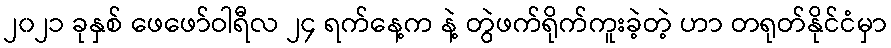
၂၀၂၁ ခုနှစ် ဖေဖော်ဝါရီလ ၂၄ ရက်နေ့က နဲ့ တွဲဖက်ရိုက်ကူးခဲ့တဲ့ ဟာ တရုတ်နိုင်ငံမှာ